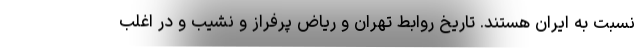
نسبت به ایران هستند. تاریخ روابط تهران و ریاض پرفراز و نشیب و در اغلب